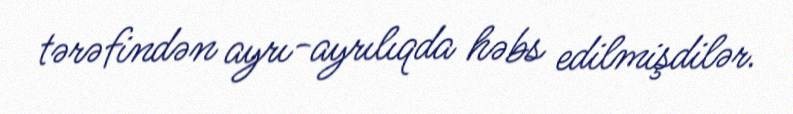
tərəfindən ayrı-ayrılıqda həbs edilmişdilər.